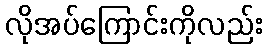
လိုအပ်ကြောင်းကိုလည်း